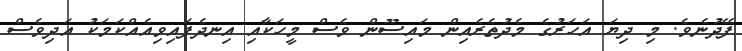
ފޭދުނެވެ. މި ދިޔަ އަހަރުގެ މެދުތެރެއިން މައިސޫން ވެސް މީހަކާއި އިނދެފައިވިއެއްކަމަކު އަދިވެސް